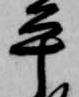
平